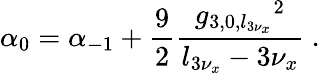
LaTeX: \displaystyle\alpha_{0}=\alpha_{-1}+\frac{9}{2}\frac{{g_{3,0,l_{3\nu_{x}}}}^{2}}{l_{3\nu_{x}}-3\nu_{x}}\ .